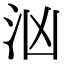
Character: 汹